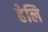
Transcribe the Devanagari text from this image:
हेलि